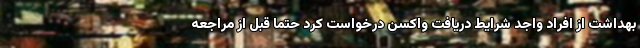
بهداشت از افراد واجد شرایط دریافت واکسن درخواست کرد حتما قبل از مراجعه